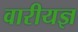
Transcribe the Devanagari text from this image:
वारीयज्ञ